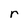
Character: r